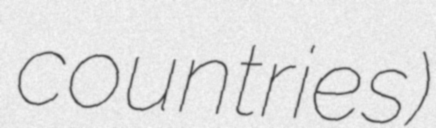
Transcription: countries)